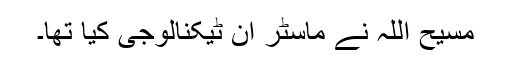
مسیح اللہ نے ماسٹر ان ٹیکنالوجی کیا تھا۔